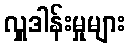
လှူဒါန်းမှုများ